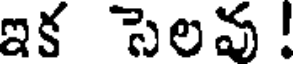
ఇక సెలవు !